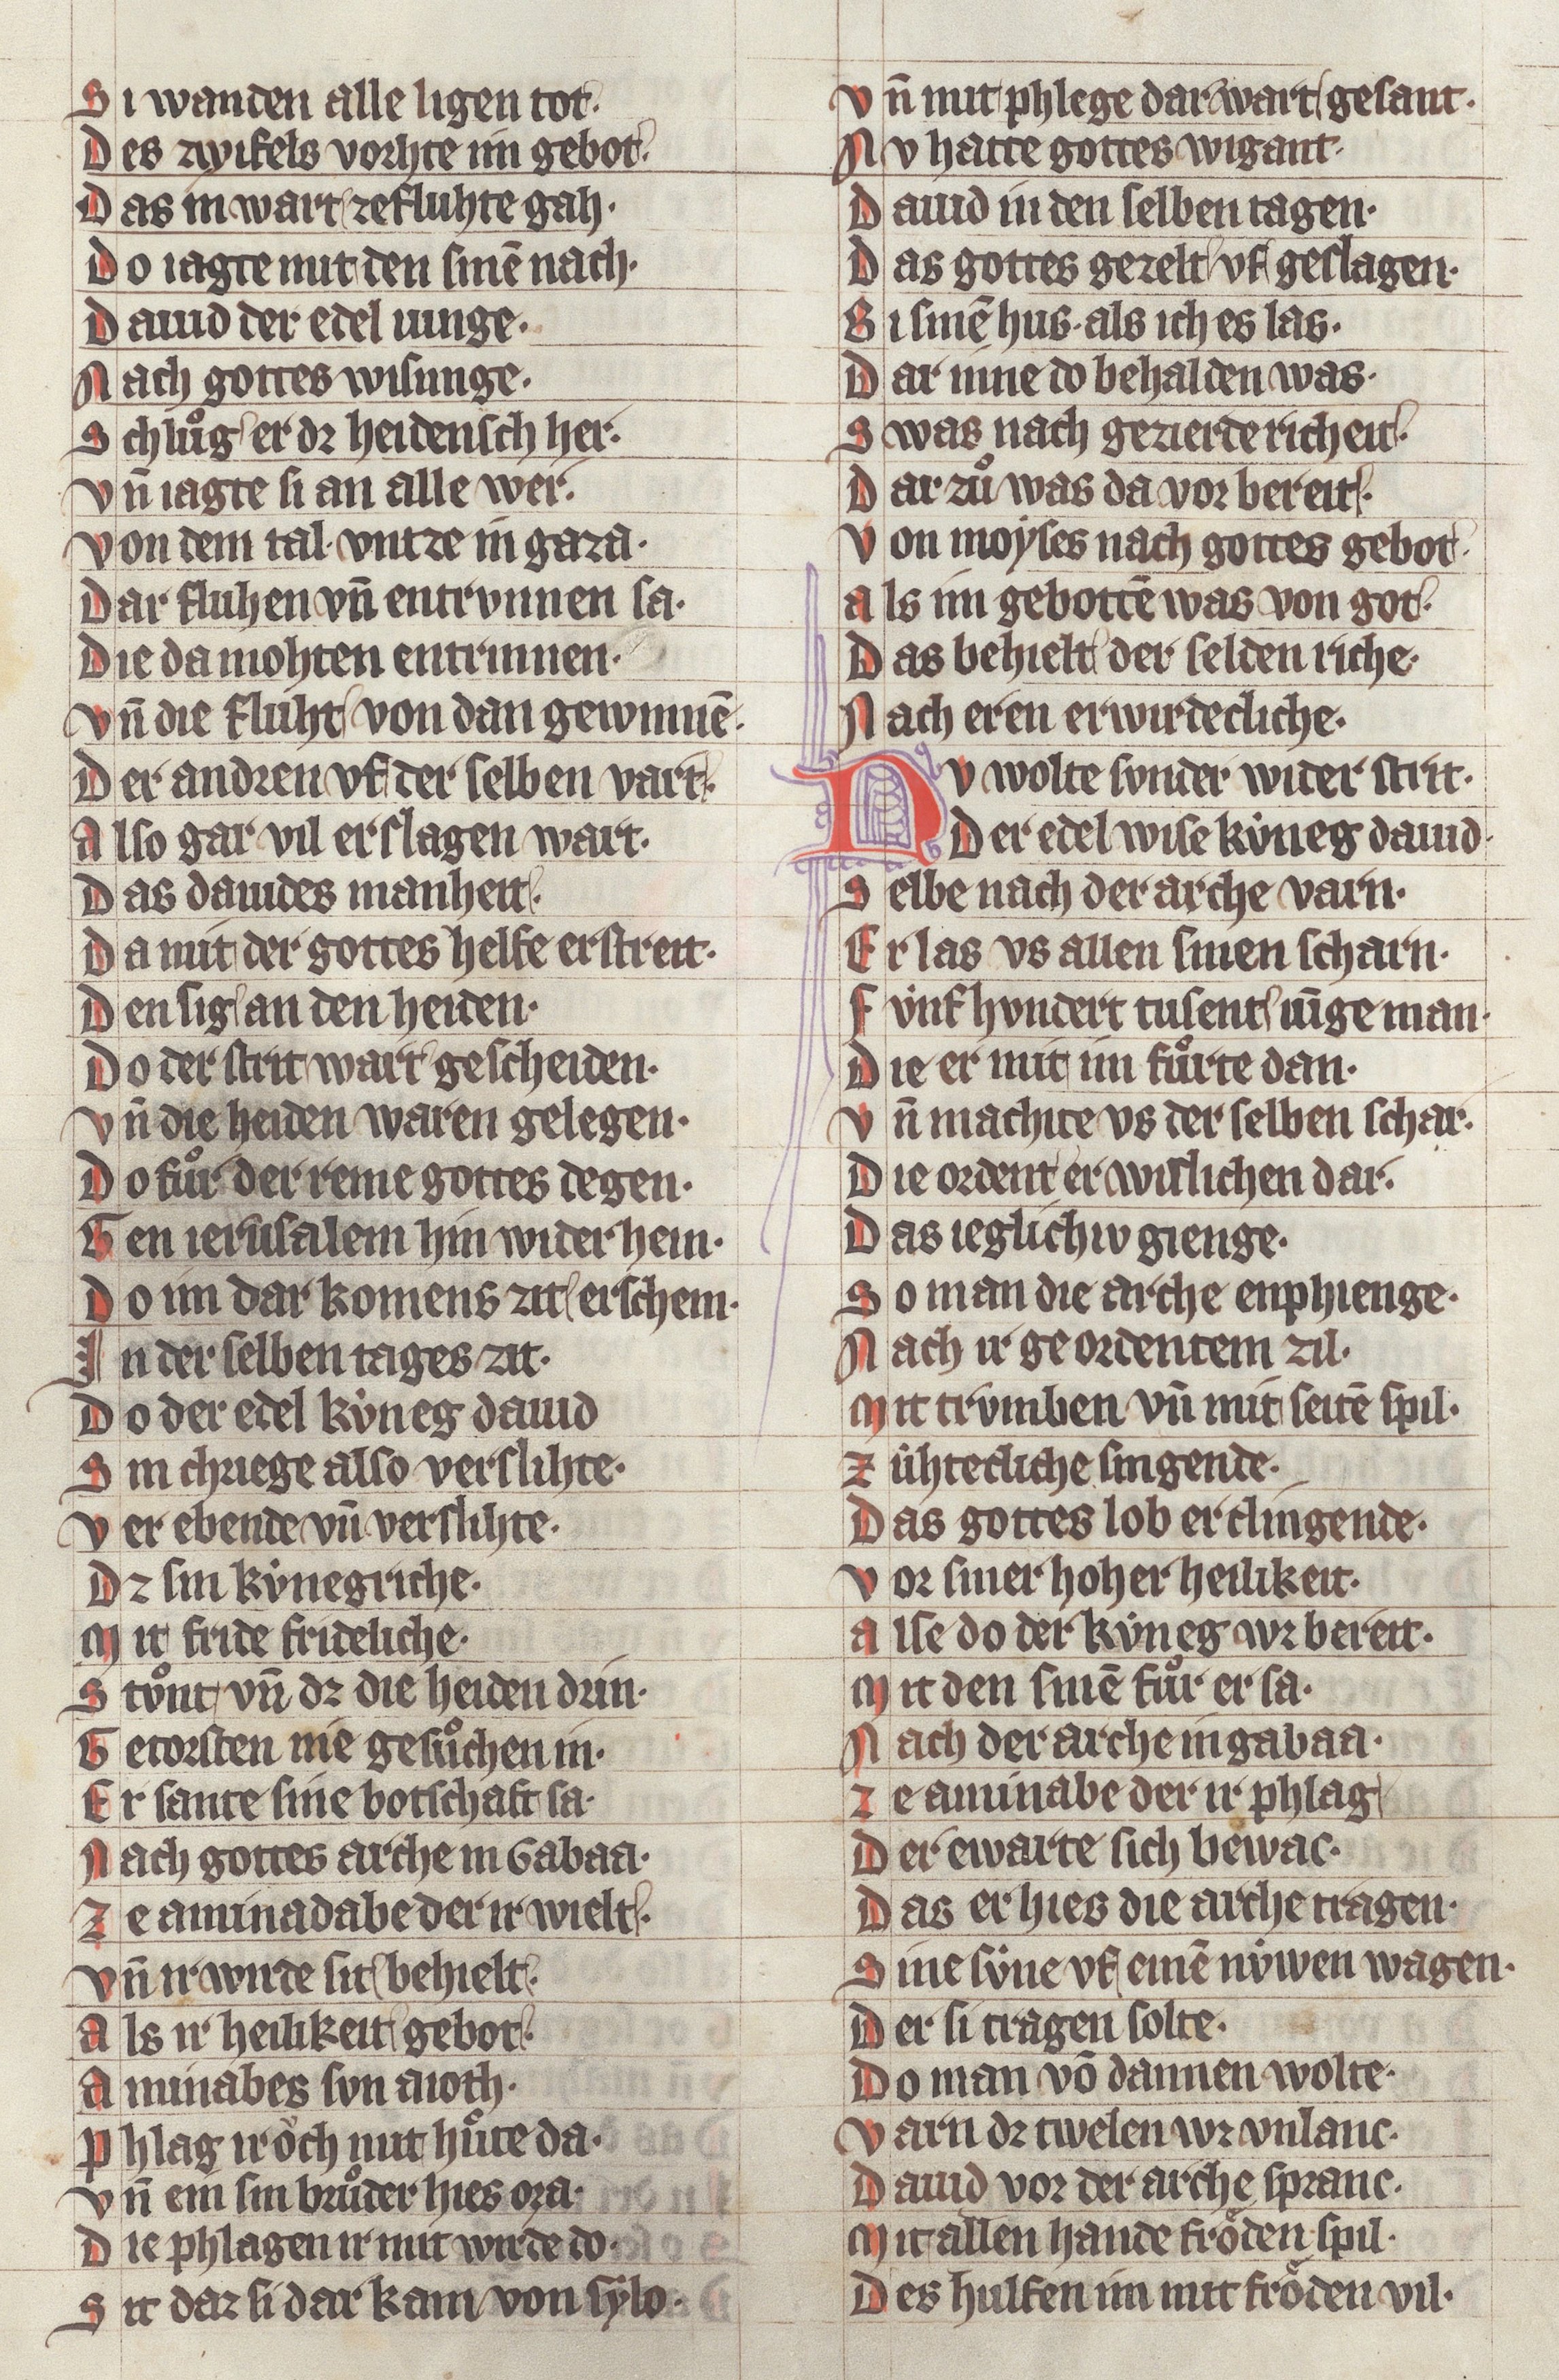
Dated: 1340–1350